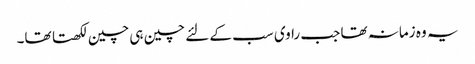
یہ وہ زمانہ تھا جب راوی سب کے لئے چین ہی چین لکھتا تھا۔